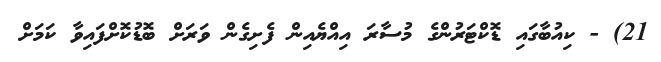
21) - ކިއުބާގައި ޑޮކްޓަރުންގެ މުސާރަ އިއްޔެއިން ފެށިގެން ވަރަށް ބޮޑުކޮށްފައިވާ ކަމަށް